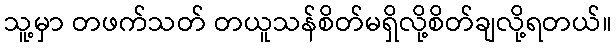
သူ့မှာ တဖက်သတ် တယူသန်စိတ်မရှိလို့စိတ်ချလို့ရတယ်။